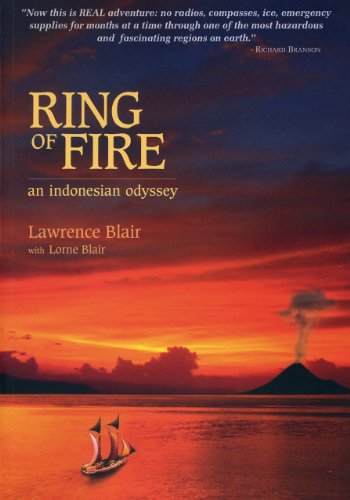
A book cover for Ring of Fire: An Indonesia Odyssey; Lawrence Blair; Travel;